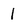
Character: 1